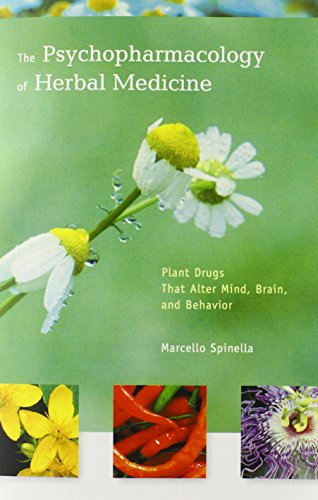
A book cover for The  Psychopharmacology of Herbal Medicine: Plant Drugs That Alter Mind, Brain, and Behavior; Marcello Spinella; Medical Books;